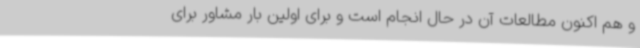
و هم اکنون مطالعات آن در حال انجام است و برای اولین بار مشاور برای